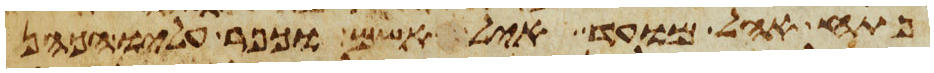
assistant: פתח אהל מועד איל אשם וכפר עליו הכהן